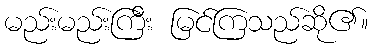
မည်းမည်းကြီး မြင်ကြသည်ဆို၏။